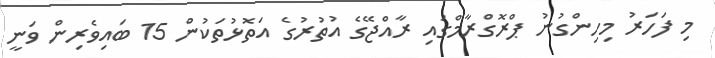
މި ފަހަރު މިހިންގުނު ޕްރޮގްރާމްގައި ރާއްޖޭގެ އުތުރުގެ އަތޮޅުތަކުން 15 ބައިވެރިން ވަނީ